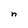
Character: n